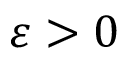
\varepsilon > 0